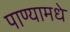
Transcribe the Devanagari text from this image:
पाण्यामधे